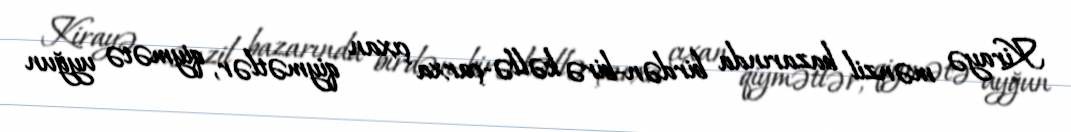
Kirayə mənzil bazarında birdən-birə kəllə-çarxa çıxan qiymətlər, qiymətə uyğun